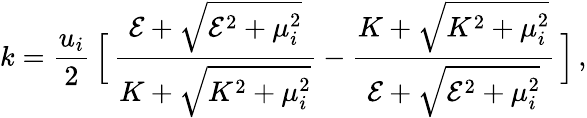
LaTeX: k={\frac{u_{i}}{2}}\, \Big[\, {\frac{{\cal E}+\sqrt{{\cal E}^{2}+\mu_{i}^{2}}}{K+\sqrt{K^{2}+\mu_{i}^{2}}}}-{\frac{K+\sqrt{K^{2}+\mu_{i}^{2}}}{{\cal E}+\sqrt{{\cal E}^{2}+\mu_{i}^{2}}}}\, \Big]\, ,